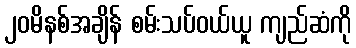
၂၀မိနစ်အချိန် စမ်းသပ်ဝယ်ယူ ကျည်ဆံကို